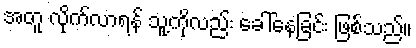
အတူ လိုက်လာရန် သူ့ကိုလည်း ခေါ်နေခြင်း ဖြစ်သည်။